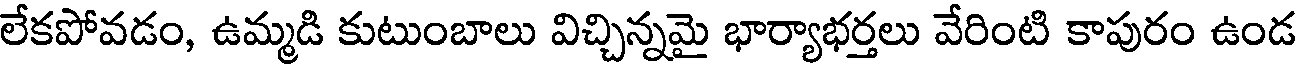
లేకపోవడం, ఉమ్మడి కుటుంబాలు విచ్చిన్నమై భార్యాభర్తలు వేరింటి కాపురం ఉండ